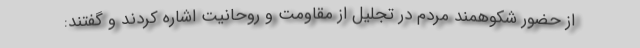
از حضور شکوهمند مردم در تجلیل از مقاومت و روحانیت اشاره کردند و گفتند: